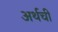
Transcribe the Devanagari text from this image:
अर्थची